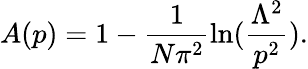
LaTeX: A(p)=1-\frac{1}{N\pi^{2}}\ln(\frac{\Lambda^{2}}{p^{2}}).